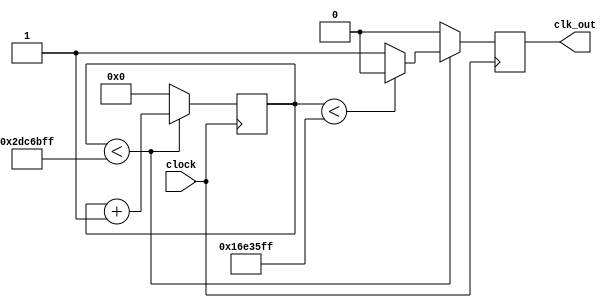
module  int_div(clock,clk_out);

//I/O
input	clock;					//ʱ
output	clk_out;				//ʱ

//ڲĴ
reg	clk_p_r;					//ʱ
reg clk_n_r;					//½ʱ
reg[F_DIV_WIDTH - 1:0] count_p;	//
reg[F_DIV_WIDTH - 1:0] count_n;	//½

//--Ƶϵ
parameter F_DIV = 48000000;		//Ƶϵ<<<<-----޸
parameter F_DIV_WIDTH = 32; 	//Ƶ

wire full_div_p;				//ؼ־
wire half_div_p;				//ؼ־
wire full_div_n;				//½ؼ־
wire half_div_n;				//½ؼ־

//жϼ־λλ
assign full_div_p = (count_p < F_DIV - 1);
assign half_div_p = (count_p < (F_DIV>>1) - 1);
assign full_div_n = (count_n < F_DIV - 1);
assign half_div_n = (count_n < (F_DIV>>1) - 1);

//ʱ
assign	clk_out = (F_DIV == 1) ? 
				clock : (F_DIV[0] ? (clk_p_r & clk_n_r) : clk_p_r);

//
always @(posedge clock)
begin
	if(full_div_p)
	begin
		count_p <= count_p + 1'b1;
		if(half_div_p)
			clk_p_r <= 1'b0;
		else
			clk_p_r <= 1'b1;
	end
	else
	begin
		count_p <= 0;
		clk_p_r <= 1'b0;
	end
end

//½
always @(negedge clock)
begin
	if(full_div_n)
	begin
		count_n <= count_n + 1'b1;
		if(half_div_n)
			clk_n_r <= 1'b0;
		else
			clk_n_r <= 1'b1;
	end
	else
	begin
		count_n <= 0;
		clk_n_r <= 1'b0;
	end
end

endmodule